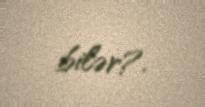
bilər?.